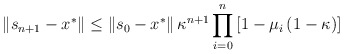
\begin{align*}\left\Vert s_{n+1}-x^{\ast }\right\Vert \leq \left\Vert s_{0}-x^{\ast}\right\Vert \kappa^{n+1}\prod_{i=0}^{n}\left[ 1-\mu_{i}\left(1-\kappa\right) \right] \end{align*}